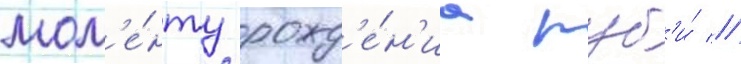
мом'е́нту рожд'е́н'иа руб'и́ //